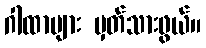
ဂါထာများ မှတ်သားဖွယ်။